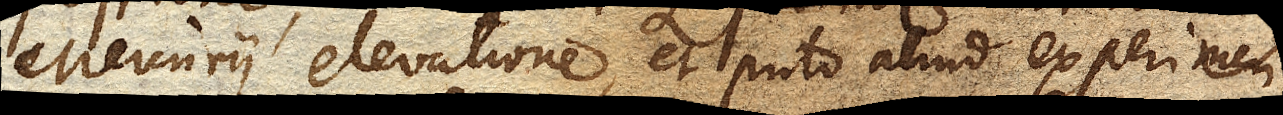
Mercurii elevatione, et puto aliud experimen